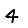
Digit: 4